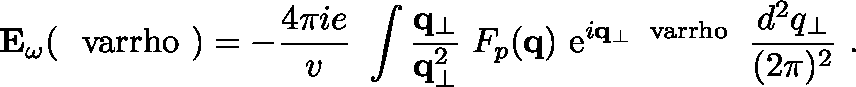
{ \bf E } _ { \omega } ( { \mathrm { \boldmath ~ \ v a r r h o ~ } } ) = - { \frac { 4 \pi i e } { v } } \ \int { \frac { { \bf q } _ { \bot } } { { \bf q } _ { \bot } ^ { 2 } } } \; F _ { p } ( { \bf q } ) \ \mathrm { e } ^ { i { \bf q } _ { \bot } { \mathrm { \scriptsize \boldmath ~ \ v a r r h o ~ } } } \; { \frac { d ^ { 2 } q _ { \bot } } { ( 2 \pi ) ^ { 2 } } } \ .